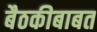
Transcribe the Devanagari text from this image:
बैठकीबाबत